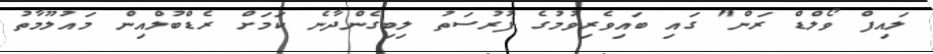
ލައިފް ވޯލްޑް ރަން" ގައި ބައިވެރިވުމުގެ ފުރުސަތު ލިބިގެންދާނެ ކަމަށް ރެޑްބުލްއިން މައުލޫމާތު